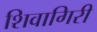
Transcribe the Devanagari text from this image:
शिवागिरी